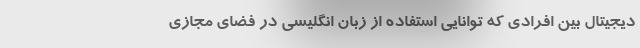
دیجیتال بین افرادی که توانایی استفاده از زبان انگلیسی در فضای مجازی